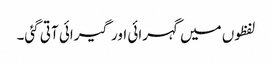
لفظوں میں گہرائی اور گیرائی آتی گئی۔